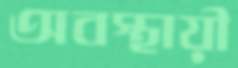
অবস্থায়ী